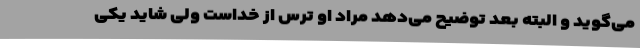
می‌گوید و البته بعد توضیح می‌دهد مراد او ترس از خداست ولی شاید یکی